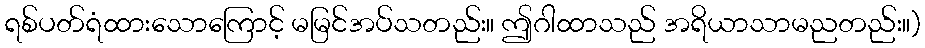
ရစ်ပတ်ရံထားသောကြောင့် မမြင်အပ်သတည်း။ ဤဂါထာသည် အရိယာသာမညတည်း။)